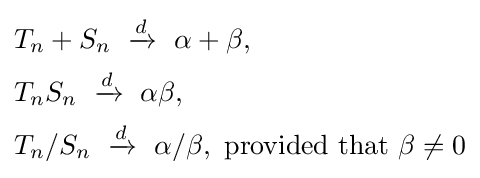
{\begin{aligned}&T_{n}+S_{n}\ \xrightarrow {d} \ \alpha +\beta ,\\&T_{n}S_{n}\ \xrightarrow {d} \ \alpha \beta ,\\&T_{n}/S_{n}\ \xrightarrow {d} \ \alpha /\beta ,{\text{ provided that }}\beta \neq 0\end{aligned}}